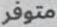
متوفر